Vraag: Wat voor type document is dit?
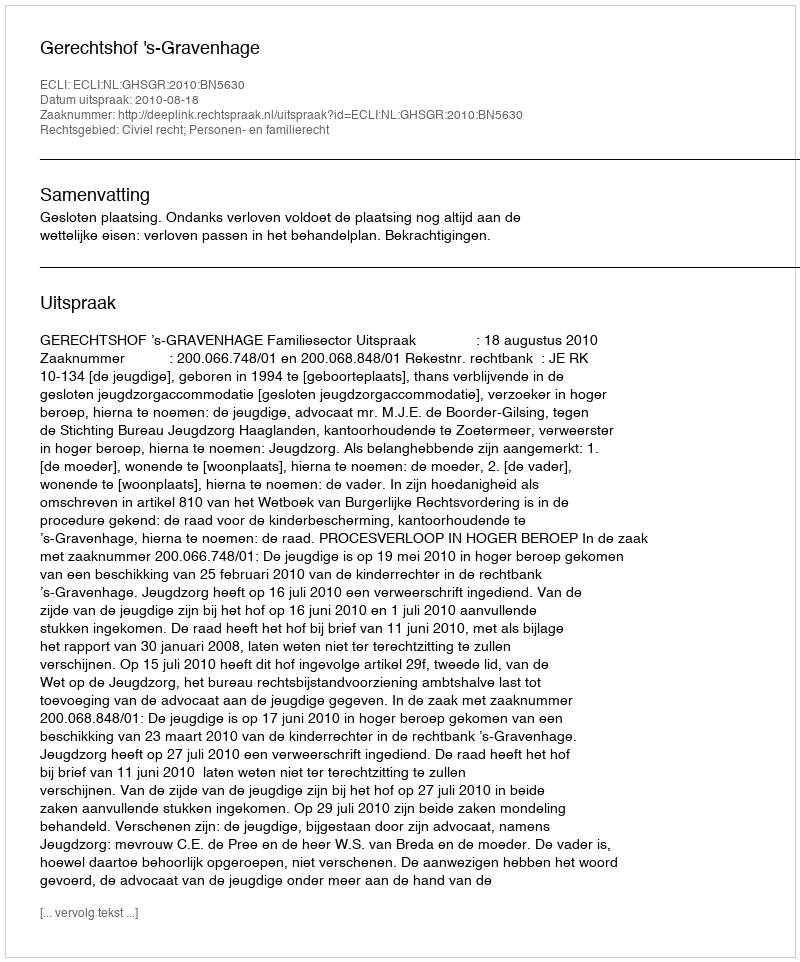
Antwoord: Uitspraak